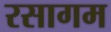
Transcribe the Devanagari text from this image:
रसागम